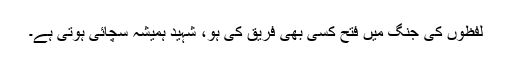
لفظوں کی جنگ میں فتح کسی بھی فریق کی ہو، شہید ہمیشہ سچائی ہوتی ہے۔